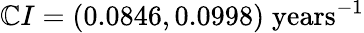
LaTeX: \mathbb{C}I=(0.0846,0.0998)\; \textrm{{years}}^{-1}